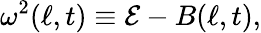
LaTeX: \omega^{2}(\ell,t)\equiv\mathcal{E}-B(\ell,t),